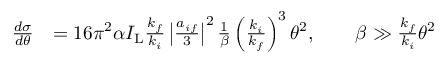
\begin{array} { r l } { \frac { d \sigma } { d \theta } } & { = 1 6 \pi ^ { 2 } \alpha I _ { \mathrm { L } } \frac { k _ { f } } { k _ { i } } \left\vert \frac { a _ { i f } } { 3 } \right\vert ^ { 2 } \frac { 1 } { \beta } \left( \frac { k _ { i } } { k _ { f } } \right) ^ { 3 } \theta ^ { 2 } , \qquad \beta \gg \frac { k _ { f } } { k _ { i } } \theta ^ { 2 } } \end{array}